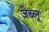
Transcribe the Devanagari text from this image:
जेब्‍लू